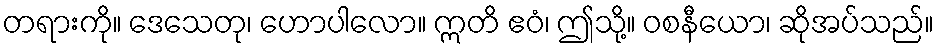
တရားကို။ ဒေသေတု၊ ဟောပါလော။ ဣတိ ဧဝံ၊ ဤသို့။ ဝစနီယော၊ ဆိုအပ်သည်။